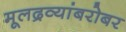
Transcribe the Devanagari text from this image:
मूलद्रव्यांबरोबर